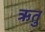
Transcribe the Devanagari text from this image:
ऋतुु